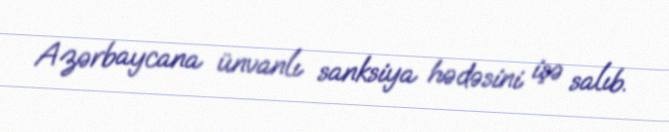
Azərbaycana ünvanlı sanksiya hədəsini işə salıb.